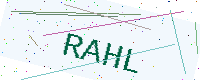
Text: RAHL